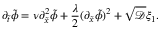
\partial _ { \tilde { t } } \tilde { \phi } = \nu \partial _ { \tilde { x } } ^ { 2 } \tilde { \phi } + \frac { \lambda } { 2 } ( \partial _ { \tilde { x } } \tilde { \phi } ) ^ { 2 } + \sqrt { \mathcal { D } } { \xi _ { 1 } } .